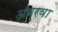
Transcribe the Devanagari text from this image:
अमरवा